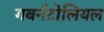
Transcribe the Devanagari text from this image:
गबर्नटोलियल